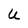
Character: U